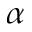
_ \alpha